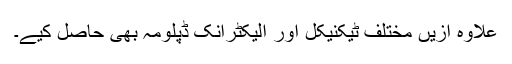
علاوہ ازیں مختلف ٹیکنیکل اور الیکٹرانک ڈپلومہ بھی حاصل کیے۔